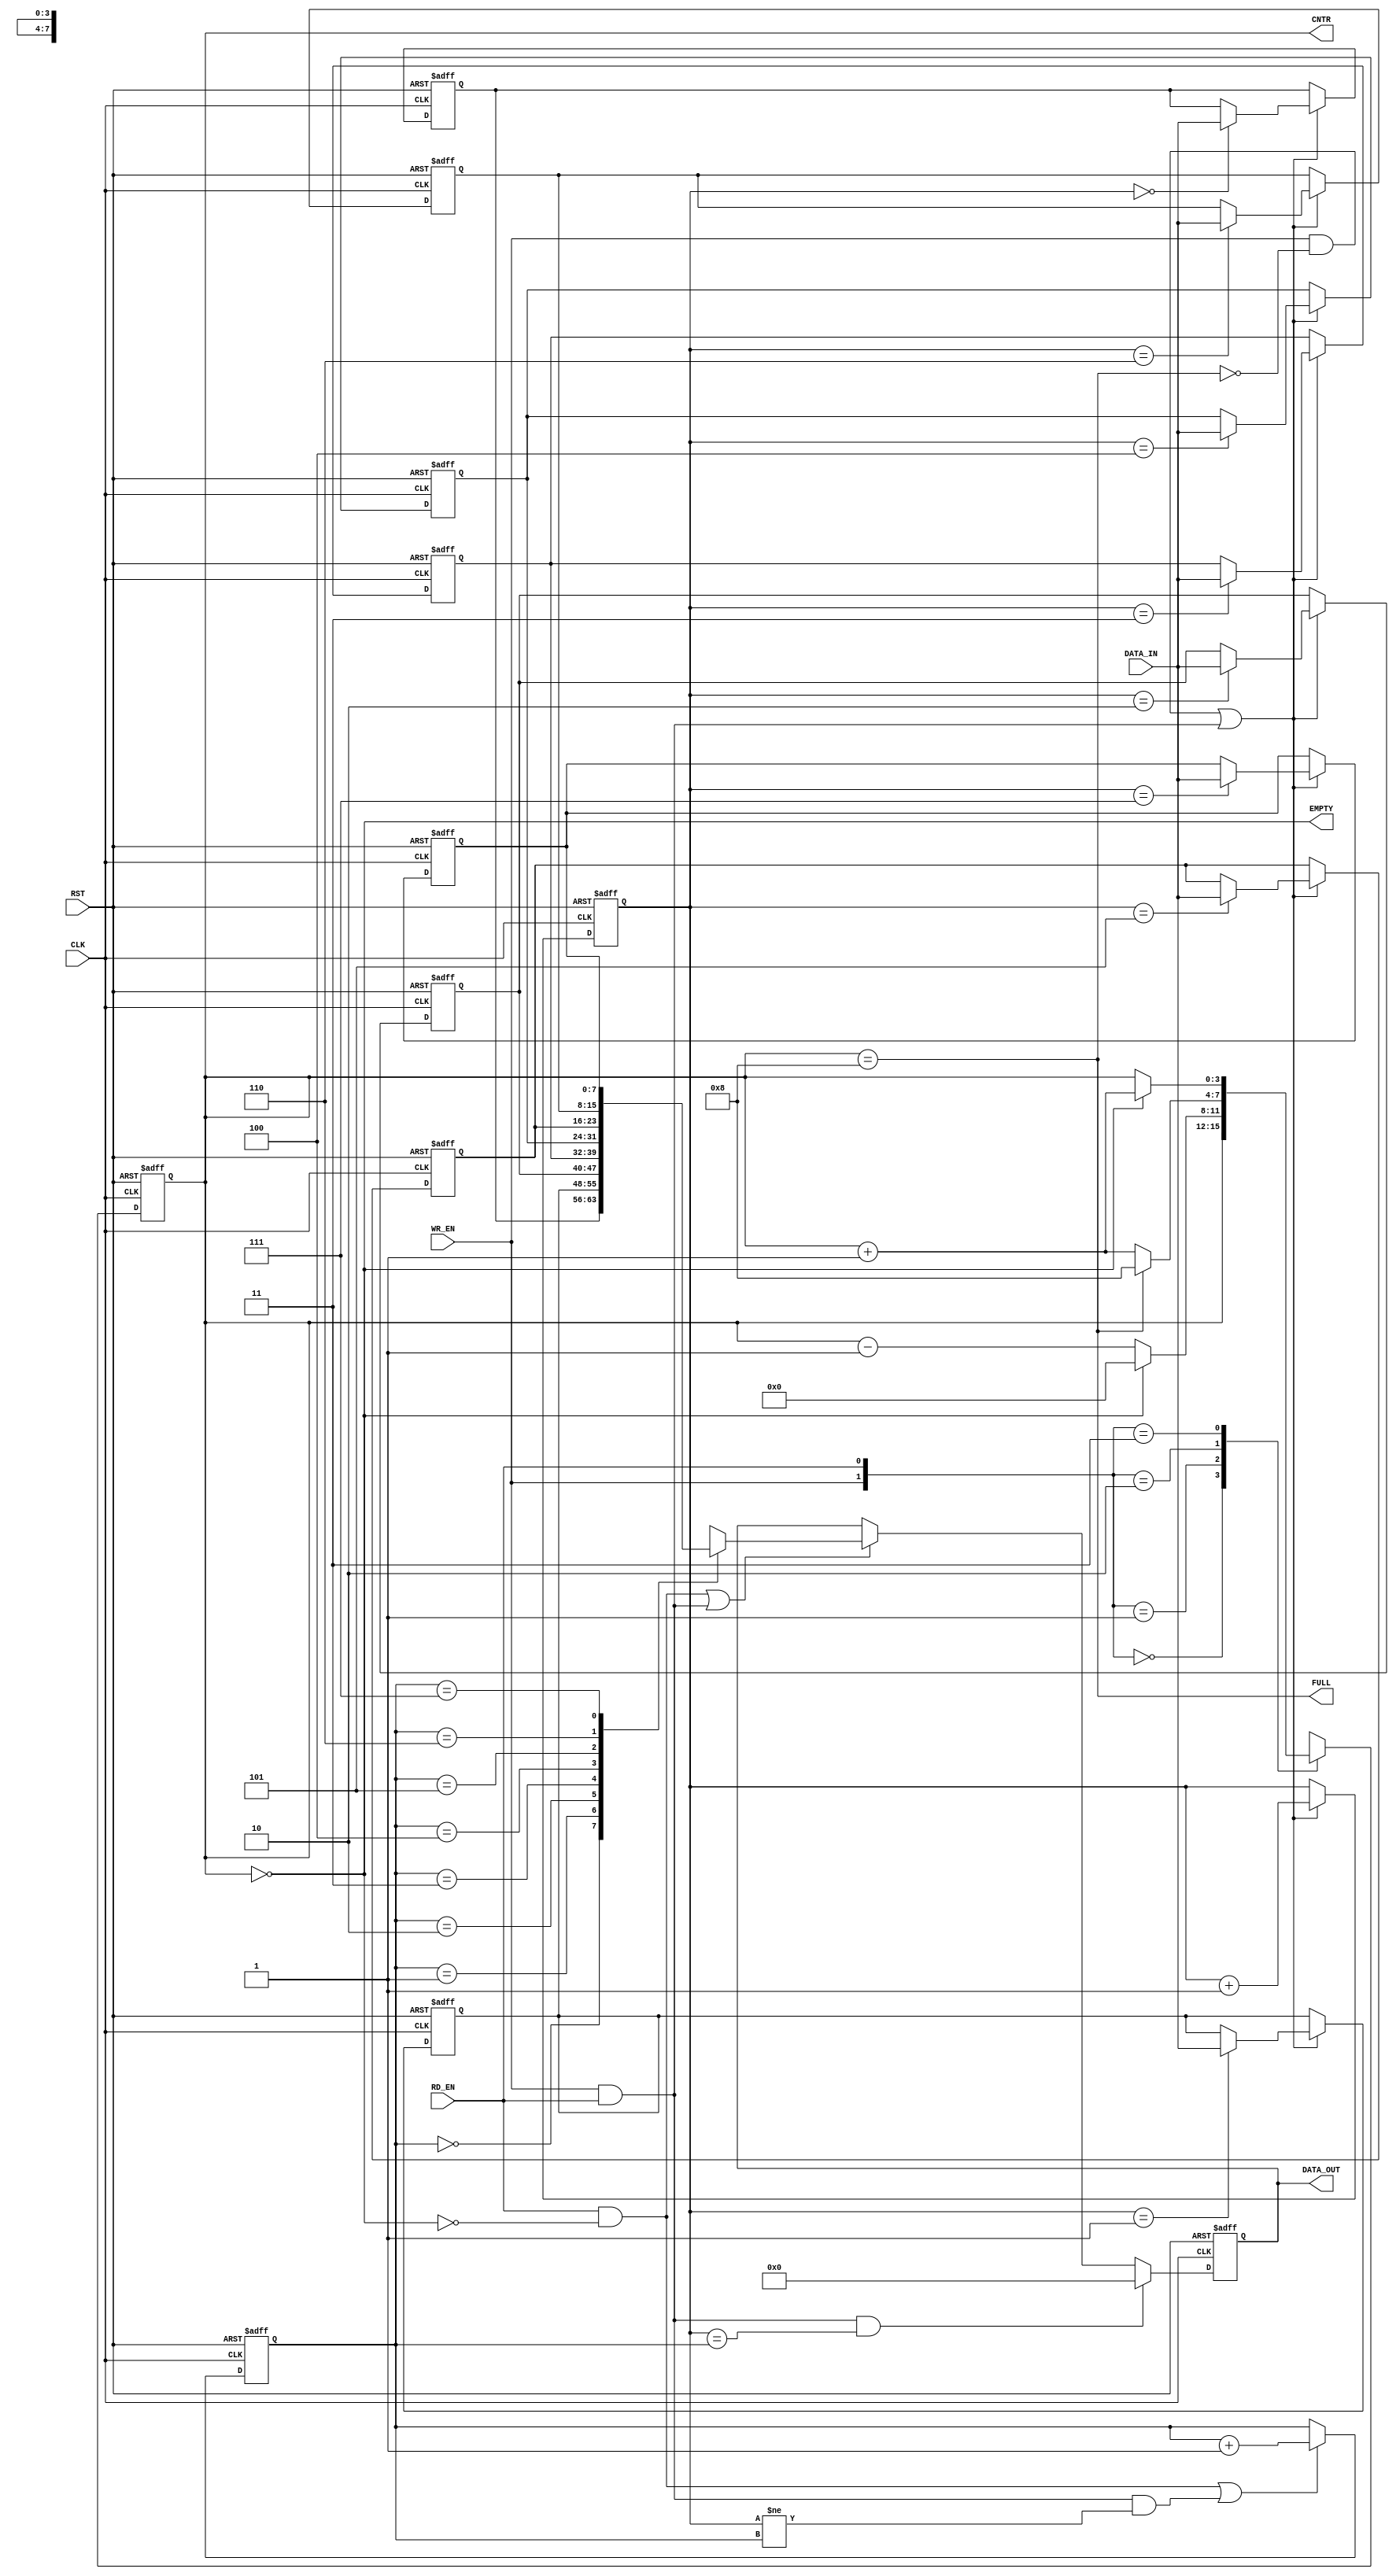
module sync_fifo #
    (
        parameter DEPTH     = 8,
        parameter WIDTH     = 8,
        parameter PTR_WIDTH = $clog2(DEPTH)
    )
    (
        input  wire               CLK, 
        input  wire               RST, 

        input  wire [WIDTH-1:0]   DATA_IN, 
        input  wire               WR_EN,

        input  wire               RD_EN, 
        output reg  [WIDTH-1:0]   DATA_OUT, 
        output reg  [PTR_WIDTH:0] CNTR,

        output wire               EMPTY, 
        output wire               FULL
    );

    // FIFO RAM REGISTERS
    reg [WIDTH-1:0] FIFO_REG [0:DEPTH-1];

    // POINTERS
    reg [PTR_WIDTH-1:0] RD_PTR, WR_PTR;

    // RESETTING COUNTER
    integer i;

    // FLAG ASSIGNMENT
    assign EMPTY = (CNTR == 0);
    assign FULL  = (CNTR == DEPTH);

    // COUNTER 
    always @(posedge CLK, negedge RST) begin: COUNTER
        if (!RST) begin
            CNTR <= 0;
        end else begin
            case ({WR_EN, RD_EN})
                2'b00  : CNTR <= CNTR;
                2'b01  : CNTR <= (CNTR == 0)     ? 0        : CNTR - 1;
                2'b10  : CNTR <= (CNTR == DEPTH) ? DEPTH    : CNTR + 1;
                2'b11  : CNTR <= (CNTR == 0)     ? CNTR + 1 : CNTR;
                default: CNTR <= CNTR;
            endcase
        end
    end

    // POINTERS
    always @(posedge CLK, negedge RST) begin: POINTER
        if (!RST) begin
            WR_PTR <= 0;
            RD_PTR <= 0;
        end 
        else begin
            WR_PTR <= ((WR_EN && !FULL) || (WR_EN && RD_EN)) ? WR_PTR + 1: WR_PTR;
            RD_PTR <= (RD_EN && !EMPTY) || ((WR_EN && RD_EN) && (WR_PTR != RD_PTR)) ? RD_PTR + 1: RD_PTR;
        end
    end

    // WRITE OPERATION
    always @(posedge CLK, negedge RST) begin: WRITE_OPR
        if (!RST)
            for (i = 0; i < DEPTH; i = i + 1)
                FIFO_REG [i] <= 0;
        else if ((WR_EN && !FULL) || (WR_EN && RD_EN))
            FIFO_REG [WR_PTR] <= DATA_IN;
    end

    // READ OPERATION
    always @ (posedge CLK, negedge RST) begin: READ_OPR
        if (!RST)
            DATA_OUT <= 0;
        else if ((WR_EN && RD_EN) && (WR_PTR == RD_PTR))
            DATA_OUT <= 0;
        else if ((RD_EN && !EMPTY) || (WR_EN && RD_EN))
            DATA_OUT <= FIFO_REG [RD_PTR];
    end
endmodule